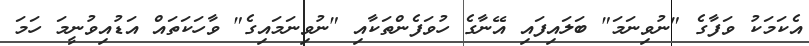
އެކަމަކު ވަފާގެ "ނުވިނަމަ" ބަލައިފައި އޭނާގެ ހުވަފެންތަކާއި "ނުވިނަމައިގެ" ވާހަކަތައް އަޑުއިވުނީމަ ހަމަ